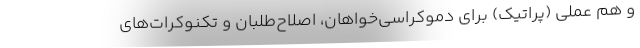
و هم عملی (پراتیک) برای دموکراسی‌خواهان، اصلاح‌طلبان و تکنوکرات‌های